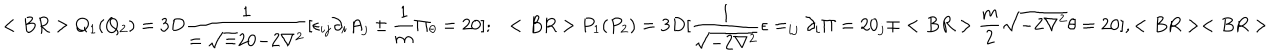
LaTeX: < B R > Q _ { 1 } ( Q _ { 2 } ) = 3 D { \frac { 1 } { = { { \sqrt = 2 0 { - 2 \nabla ^ { 2 } } } } } } [ \epsilon _ { i j } \partial _ { i } A _ { j } \pm { \frac { 1 } { m } } \Pi _ { \theta } = 2 0 ] ; ~ ~ < B R > P _ { 1 } ( P _ { 2 } ) = 3 D [ { \frac { 1 } { { \sqrt { - 2 \nabla ^ { 2 } } } } } \epsilon = _ { i j } \partial _ { i } \Pi = 2 0 _ { j } \mp < B R > { \frac { m } { 2 } } { \sqrt { - 2 \nabla ^ { 2 } } } \theta = 2 0 ] , < B R > < B R >